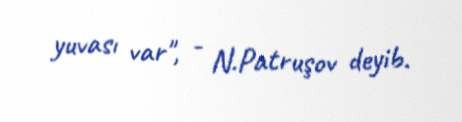
yuvası var", - N.Patruşov deyib.